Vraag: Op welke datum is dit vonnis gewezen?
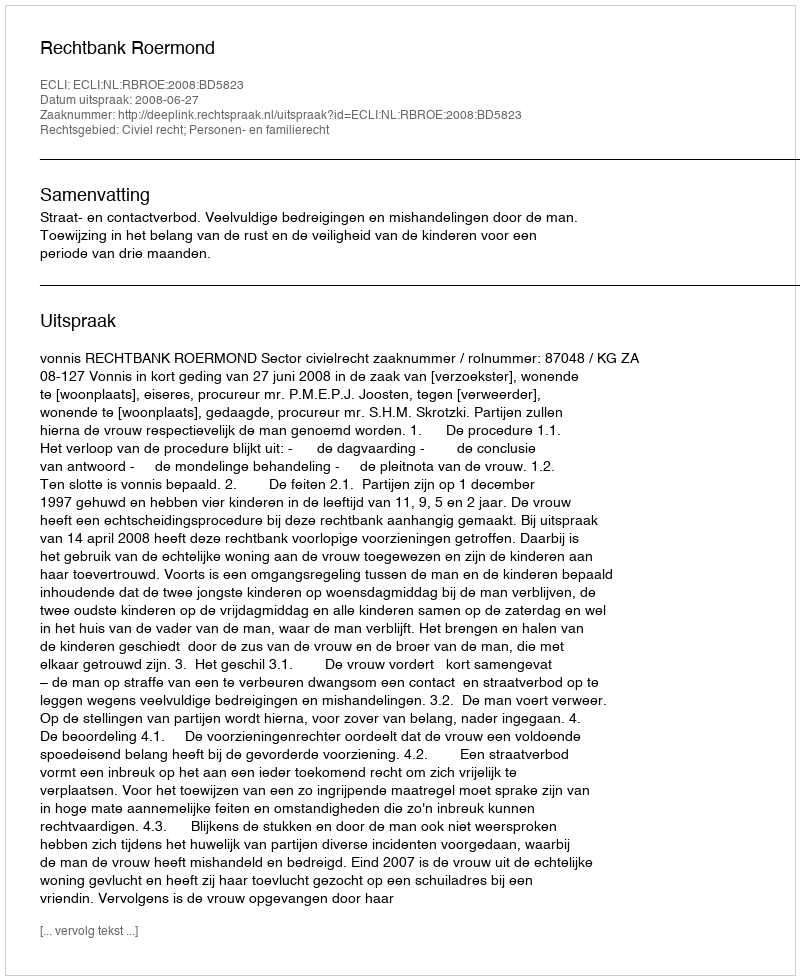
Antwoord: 2008-06-27